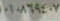
١٠١٨٨٦٩٤٠٧